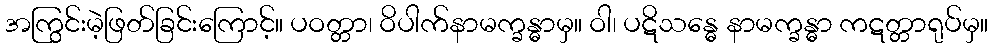
အကြွင်းမဲ့ဖြတ်ခြင်းကြောင့်။ ပဝတ္တာ၊ ဝိပါက်နာမက္ခန္ဓာမှ။ ဝါ၊ ပဋိသန္ဓေ နာမက္ခန္ဓာ ကဋတ္တာရုပ်မှ။